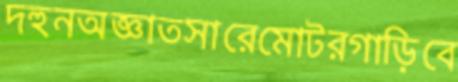
দহুনঅজ্ঞাতসারেমোটরগাড়িবে